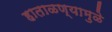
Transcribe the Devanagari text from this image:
हाताळण्यामुळे